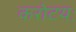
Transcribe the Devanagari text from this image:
करोटयः